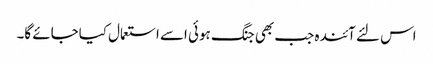
اس لئے آئندہ جب بھی جنگ ہوئی اسے استعمال کیاجائے گا۔